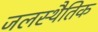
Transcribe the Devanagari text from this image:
जलस्थैतिक